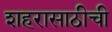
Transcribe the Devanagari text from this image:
शहरासाठीची